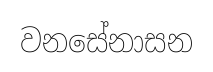
වනසේනාසන